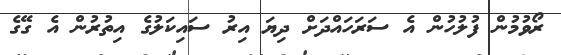
ރޯވުމުން ފުލުހުން އެ ސަރަހައްދަށް ދިޔަަ އިރު ސައިކަލުގެ އިތުރުން އެ ގޭގެ